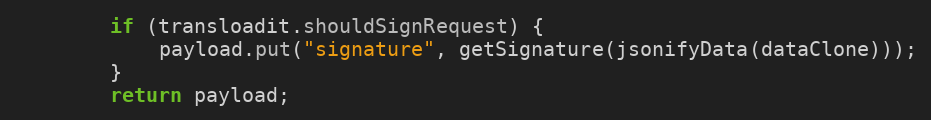
Language: Java
        if (transloadit.shouldSignRequest) {
            payload.put("signature", getSignature(jsonifyData(dataClone)));
        }
        return payload;